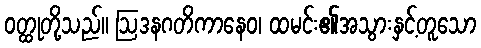
ဝတ္ထုတို့သည်။ ဩဒနဂတိကာနေဝ၊ ထမင်း၏အသွားနှင့်တူသော